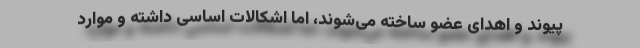
پیوند و اهدای عضو ساخته می‌شوند، اما اشکالات اساسی داشته و موارد